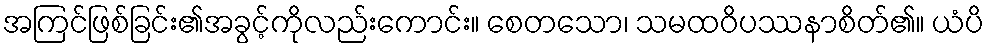
အကြင်ဖြစ်ခြင်း၏အခွင့်ကိုလည်းကောင်း။ စေတသော၊ သမထဝိပဿနာစိတ်၏။ ယံပိ